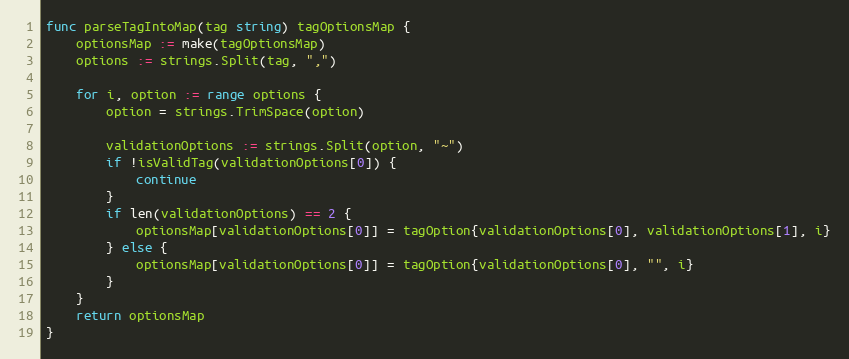
Language: Go
func parseTagIntoMap(tag string) tagOptionsMap {
	optionsMap := make(tagOptionsMap)
	options := strings.Split(tag, ",")

	for i, option := range options {
		option = strings.TrimSpace(option)

		validationOptions := strings.Split(option, "~")
		if !isValidTag(validationOptions[0]) {
			continue
		}
		if len(validationOptions) == 2 {
			optionsMap[validationOptions[0]] = tagOption{validationOptions[0], validationOptions[1], i}
		} else {
			optionsMap[validationOptions[0]] = tagOption{validationOptions[0], "", i}
		}
	}
	return optionsMap
}